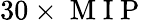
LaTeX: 30\times\mathrm{~M~I~P~}